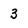
Character: 3